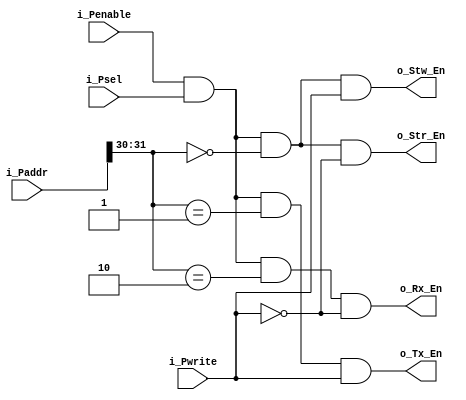
module busint (
  input [31:0]  i_Paddr,
  input         i_Penable,
  input         i_Psel,
  input         i_Pwrite,
  output        o_Tx_En,
  output        o_Rx_En,
  output        o_Stw_En,
  output        o_Str_En
  );

  parameter c_ST = 2'b00; // status register
  parameter c_TX = 2'b01; // tramsnit register
  parameter c_RX = 2'b10; // recieve register

  wire       w_En   = (i_Penable & i_Psel);
  wire [1:0] w_Addr = (i_Paddr[31:30]);

  assign o_Stw_En = (w_En & (w_Addr == c_ST) & i_Pwrite);
  assign o_Str_En = (w_En & (w_Addr == c_ST) & !i_Pwrite);
  assign o_Tx_En  = (w_En & (w_Addr == c_TX) & i_Pwrite);
  assign o_Rx_En  = (w_En & (w_Addr == c_RX) & !i_Pwrite);

endmodule